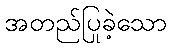
အတည်ပြုခဲ့သော